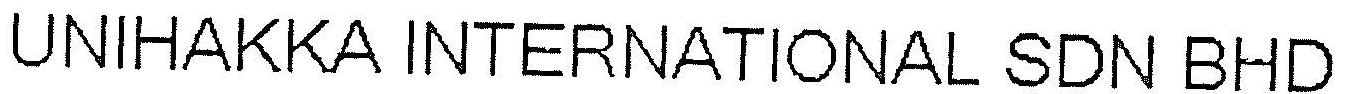
UNIHAKKA INTERNATIONAL SDN BHD